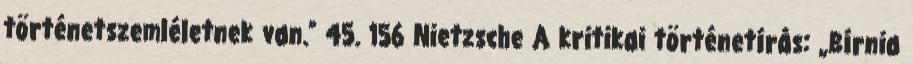
történetszemléletnek van.” 45. 156 Nietzsche A kritikai történetírás: „Bírnia